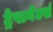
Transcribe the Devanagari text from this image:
ट्रेपानेटर्स